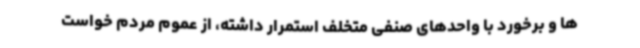
ها و برخورد با واحدهای صنفی متخلف استمرار داشته، از عموم مردم خواست